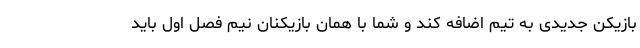
بازیکن جدیدی به تیم اضافه کند و شما با همان بازیکنان نیم فصل اول باید